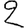
Digit: 2